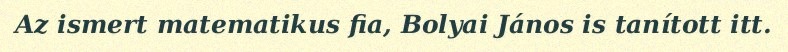
Az ismert matematikus fia, Bolyai János is tanított itt.